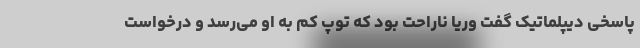
پاسخی دیپلماتیک گفت وریا ناراحت بود که توپ کم به او می‌رسد و درخواست